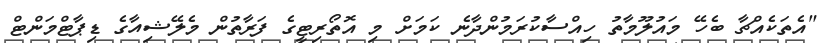
"އެތަކެއްޗާ ބެހޭ މައުލޫމާތު ހިއްސާކުރަމުންދާނެ ކަމަށް މި އޮތޯރިޓީގެ ފަރާތުން މެލޭޝިއާގެ ޑިޕާޓްމަންޓް